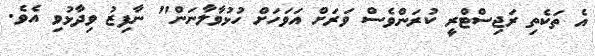
އެ ތަކެތި ރަޖިސްޓްރީ ކުރަންވެސް ވަރަށް އަވަހަށް ހުޅުވާލާނަން" ނާފިޒު ވިދާޅުވި އެވެ.